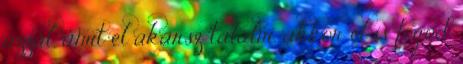
azzal, amit el akarsz találni, akkor el is fogod.